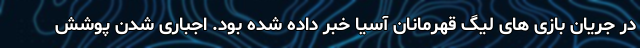
در جریان بازی های لیگ قهرمانان آسیا خبر داده شده بود. اجباری شدن پوشش